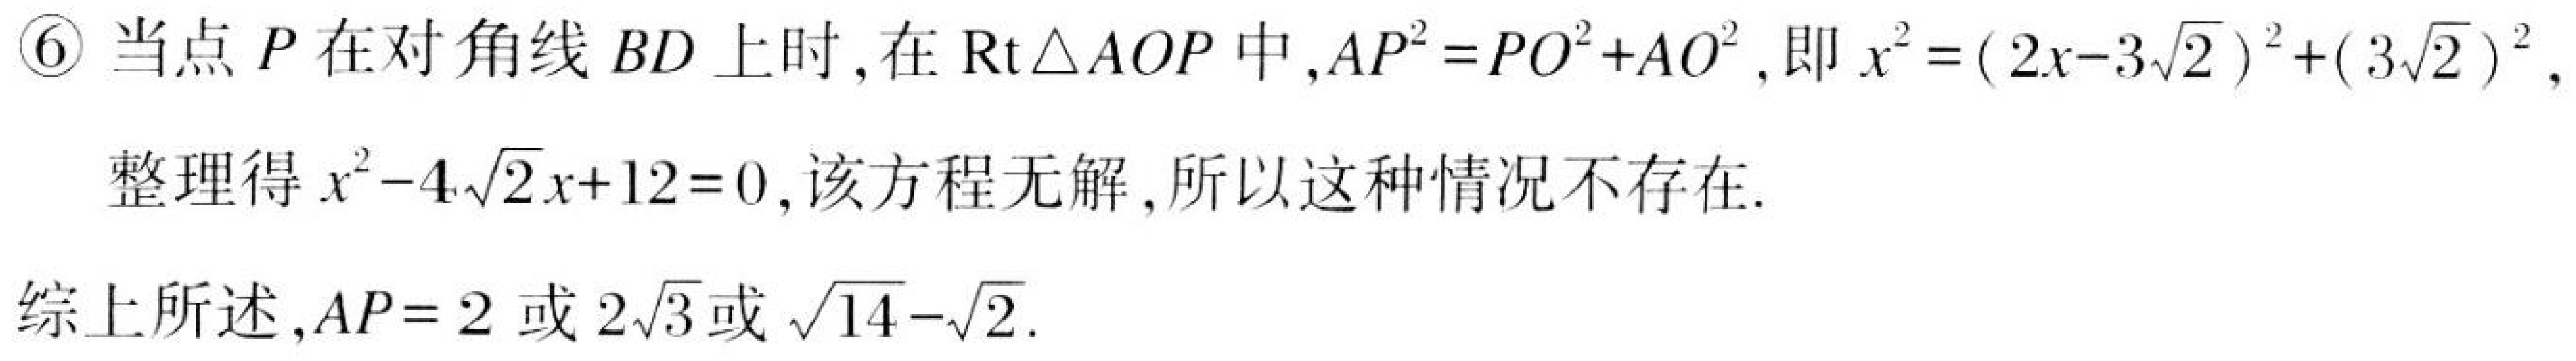
\textcircled{6}当点\(P\)在对角线\(BD\)上时,在\(\text{Rt}\triangle AOP\)中,\(AP^{2}=PO^{2}+AO^{2}\),即\(x^{2}=(2x - 3\sqrt{2})^{2}+(3\sqrt{2})^{2}\),
整理得\(x^{2}-4\sqrt{2}x + 12 = 0\),该方程无解,所以这种情况不存在.

综上所述,\(AP = 2\)或\(2\sqrt{3}\)或\(\sqrt{14}-\sqrt{2}\).